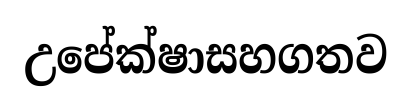
උපේක්ෂාසහගතව